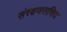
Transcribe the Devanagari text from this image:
संरक्षणसचिव